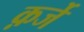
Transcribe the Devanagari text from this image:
क़र्जे